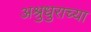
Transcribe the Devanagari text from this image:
अश्रुधुराच्या